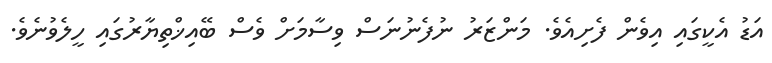
އަޑު އެކީގައި އިވެން ފެށިއެވެ. މަންޒަރު ނުފެނުނަސް ވިސާމަށް ވެސް ބޭއިޚްތިޔާރުގައި ހީލެވުނެވެ.